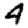
Digit: 4